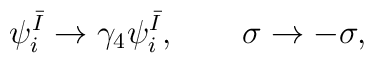
\psi _{i}^{\bar{I}}\rightarrow \gamma _{4}\psi _{i}^{\bar{I}},\qquad \sigma\rightarrow -\sigma ,